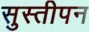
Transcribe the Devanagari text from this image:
सुस्तीपन